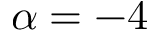
\alpha = - 4